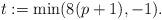
LaTeX: \begin{align*}t:=\min(8(p+1),-1).\end{align*}